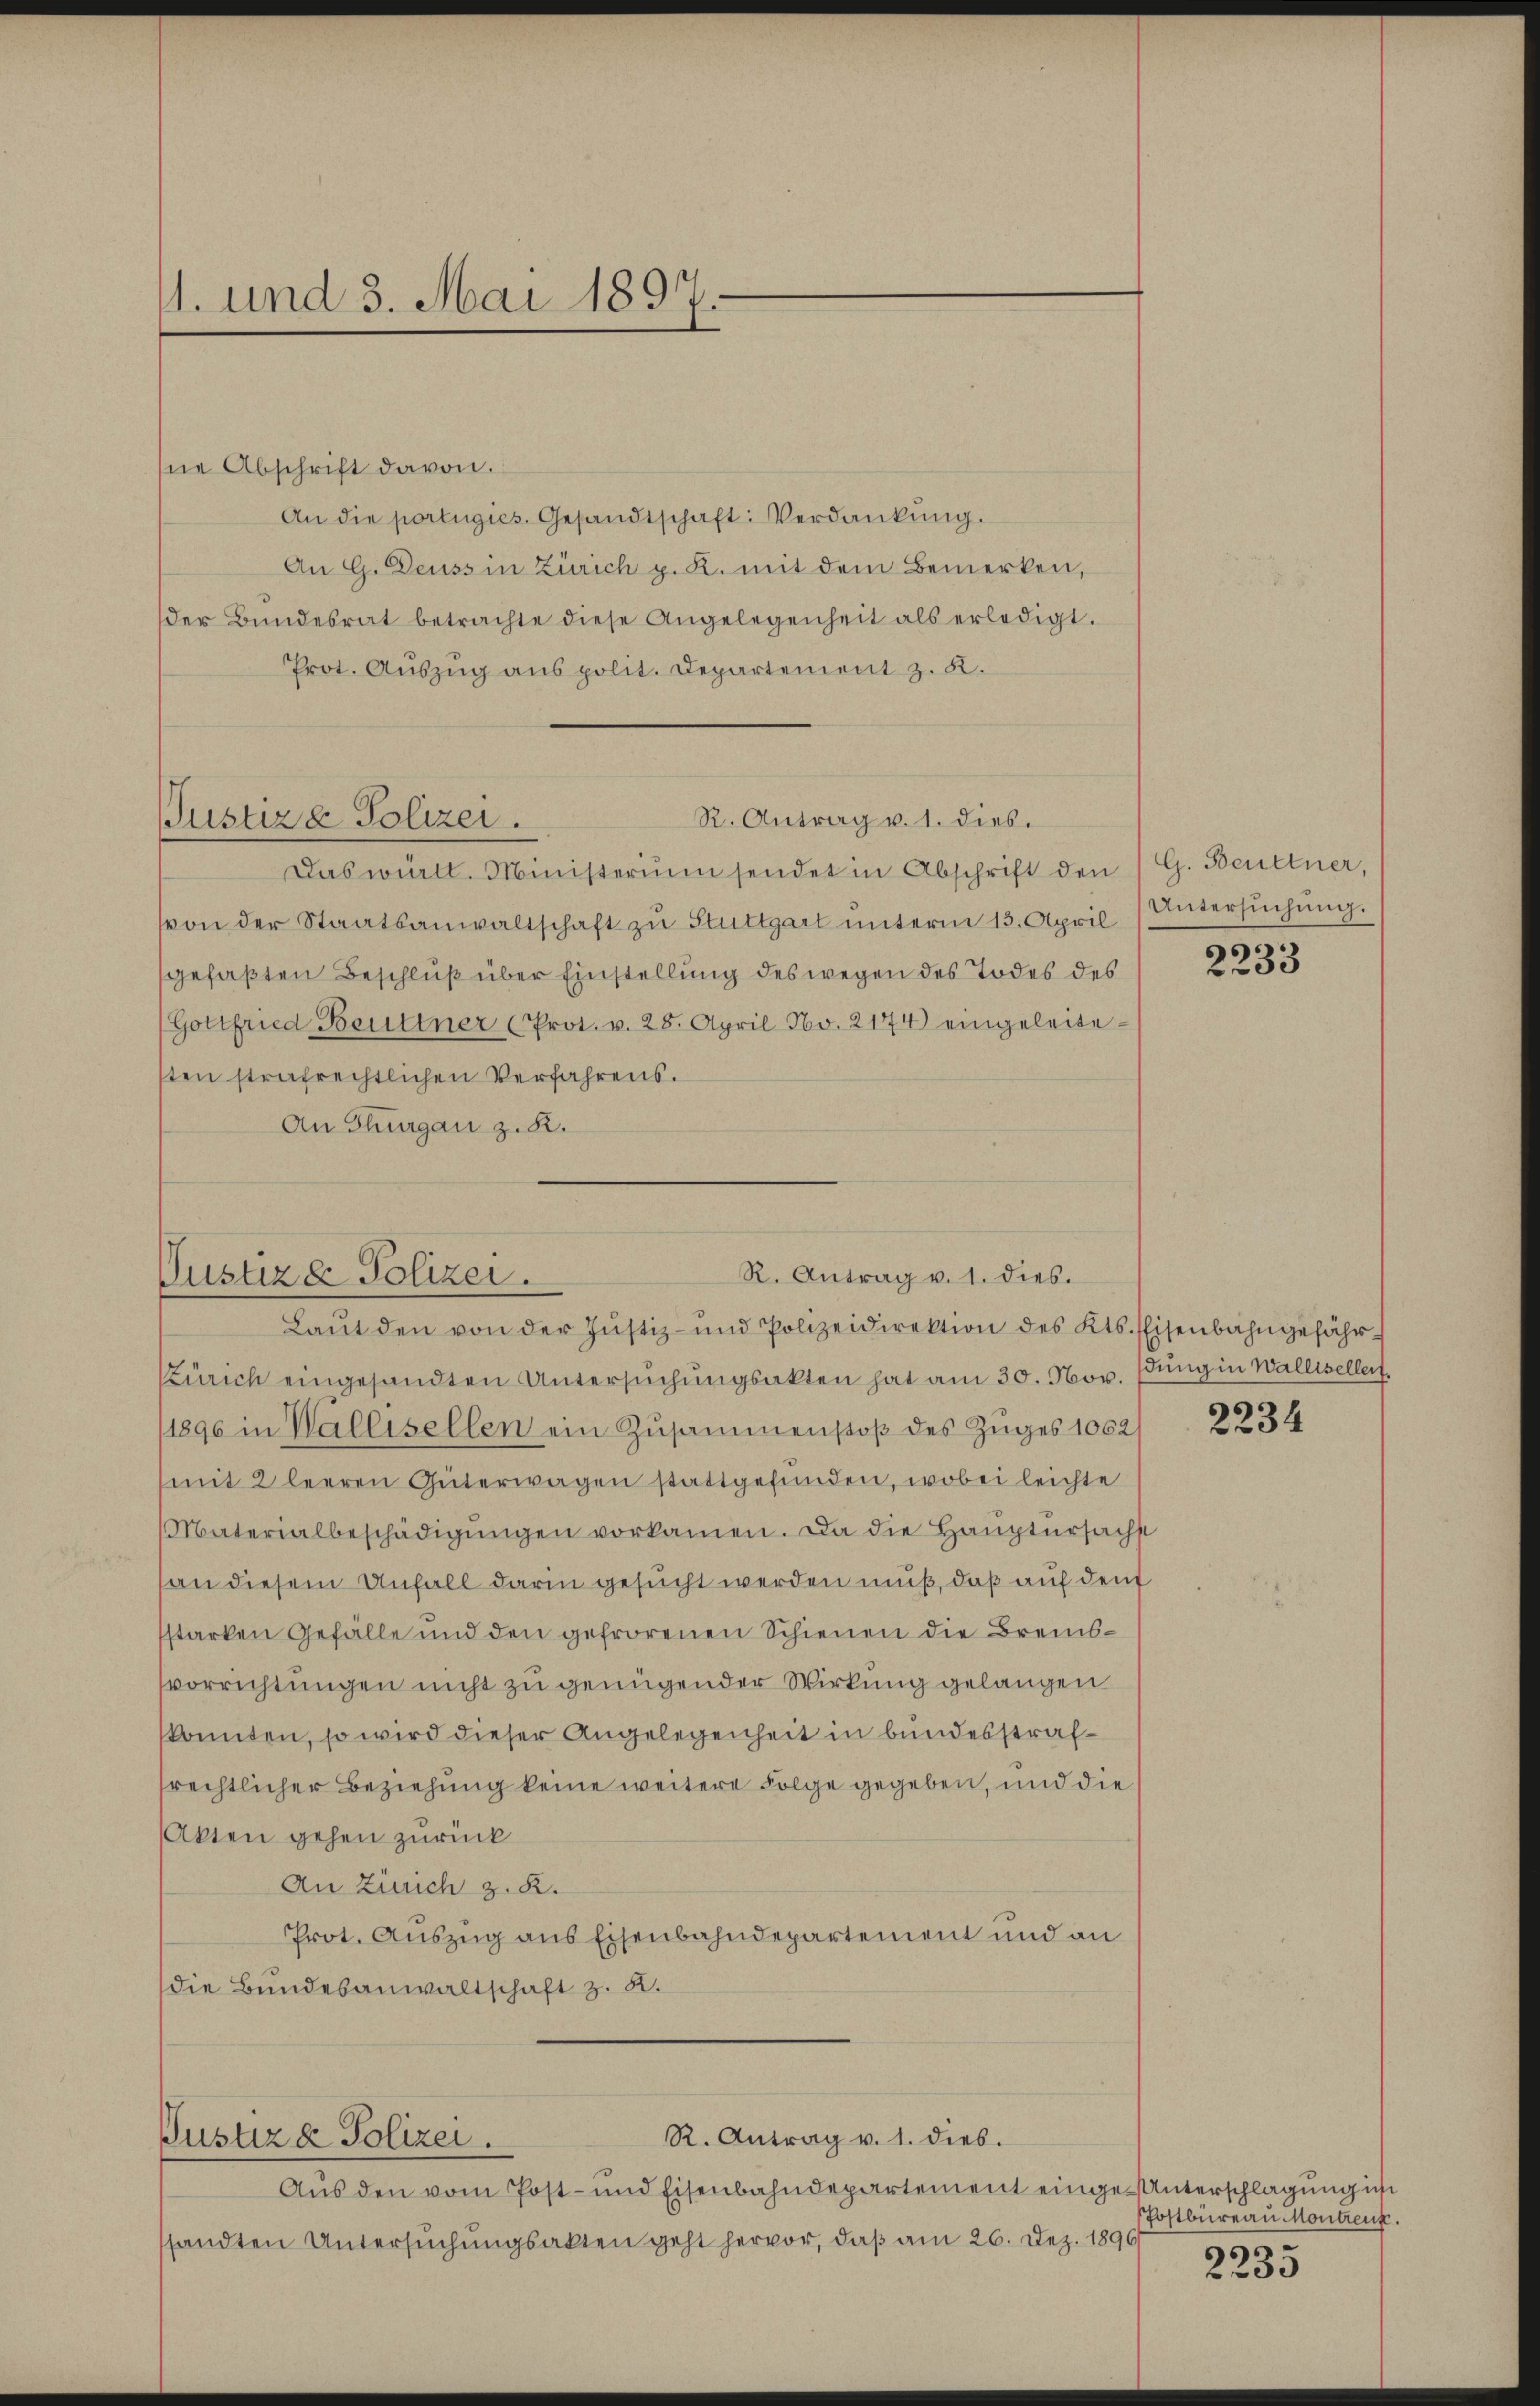
4. und 3. Mai 1897.

Justiz- Polizei.

sne Abschrift davon.
An die portugies. Gesandtschaft: Verdankung.
An G. Deuss in Zürich p. K. mit dem Bemerken,
der Bŭndesrat betrachte diese Angelegenheit als erledigt.
Prot. Auszug aus polit. Departement z. B.
R. Antrag v. 1. dies.
Das württ. Ministerium sendet in Abschrift den G. Beurtner,
von der Staatsanwaltschaft zŭ Stuttgart ŭnterm 13. April Untersŭchŭng.
gefaßten Beschluß über Einstellung des wegen des Todes des
(Gottfried Beuttner (Prot. v. 28. April No. 2174) eingeleiteten strafrechtlichen Verfahrens.
An Thurgau z. R.

R. Antrag v. 1. dies.
Justiza Polizei.

Justiz & Polizei.

R. Antrag v. 1. dies.

Aŭs den vom Post- und Eisenbahndepartement einge-Unterschlagung ich
ssandten Untersŭchŭngsakten geht hervor, daß am 26. Dez. 1896

Laŭt den von der Jŭstiz- und Polizeidirektion des Kts. Eisenbahngefähr-
Zürich eingesandten Untersuchungsakten hat am 30. Nov. stung in Wallisellent.
1896 in Wallisellen ein Zusammenstoß des Zuges 1062
mit 2 leeren Güterwagen stattgefunden, wobei leichte
Materialbeschädigŭngen vorkamen. Da die Hauptursachst
an diesem Unfall darin gesucht werden muß, daß auf dem
sstarken Gefälle und den gefrorenen Schienen die Bremssvorrichtungen nicht zu genügender Wirkung gelangen
konnten, so wird dieser Angelegenheit in bundesstrafsrechtlicher Beziehung keine weitere Folge gegeben, und die
Akten gehen zurück
An Zürich z. B.
Prot. Auszug aus Eisenbahndepartement und an
die Bundesanwaltschaft z. B.

s

2233

2234

Postbureau Montreut.
2235